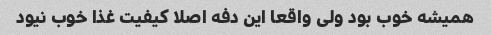
همیشه خوب بود ولی واقعا این دفه اصلا کیفیت غذا خوب نیود